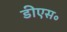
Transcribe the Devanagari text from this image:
डीएस॰